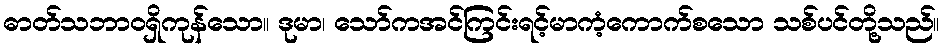
ဓာတ်သဘာဝရှိကုန်သော။ ဒုမာ၊ သော်ကအင်ကြင်းရင့်မာကံ့ကောက်စသော သစ်ပင်တို့သည်။